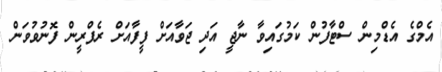
އެމްގެ އެޑްމިން ސްޓާފުން ކަމުގައިވާ ނާޖީ އަދި ޖަވާއަށް ފީފާއަށް ރެފްރީން ފޮނުވުވަން